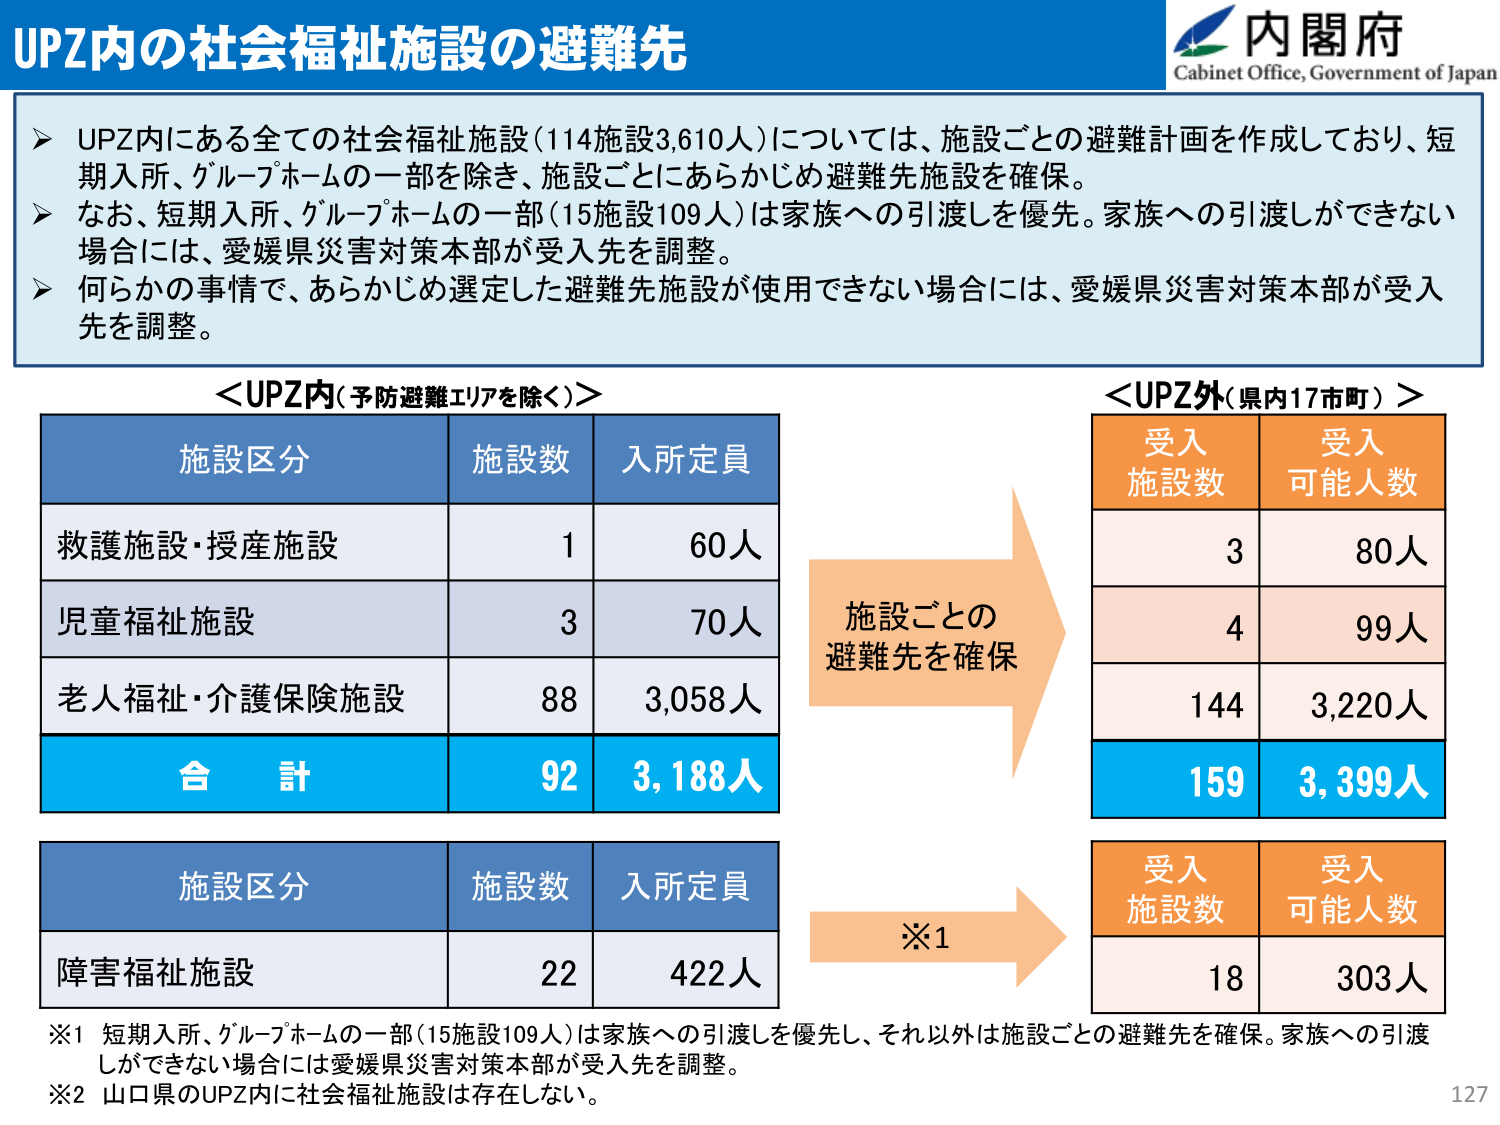
UPZ内の社会福祉施設の避難先

内閣府
Cabinet Office, Government of Japan

➤ UPZ内にある全ての社会福祉施設（114施設3,610人）については、施設ごとの避難計画を作成しており、短期入所、グループホームの一部を除き、施設ごとにあらかじめ避難先施設を確保。
➤ なお、短期入所、グループホームの一部（15施設109人）は家族への引渡しを優先。家族への引渡しができない場合には、愛媛県災害対策本部が受入先を調整。
➤ 何らかの事情で、あらかじめ選定した避難先施設が使用できない場合には、愛媛県災害対策本部が受入先を調整。

＜UPZ内（予防避難エリアを除く）＞
施設区分　　施設数　　入所定員
救護施設・授産施設　　1　　60人
児童福祉施設　　3　　70人
老人福祉・介護保険施設　　88　　3,058人
合　計　　92　　3,188人

＜UPZ外（県内17市町）＞
受入施設数　　受入可能人数
　　　3　　　　80人
　　　4　　　　99人
　　144　　　3,220人
　　159　　　3,399人

施設ごとの避難先を確保

施設区分　　施設数　　入所定員
障害福祉施設　　22　　422人

※1 短期入所、グループホームの一部（15施設109人）は家族への引渡しを優先し、それ以外は施設ごとの避難先を確保。家族への引渡しができない場合には愛媛県災害対策本部が受入先を調整。
※2 山口県のUPZ内に社会福祉施設は存在しない。

※1
受入施設数　　受入可能人数
　　　18　　　　303人

127